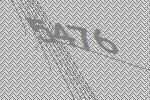
5476